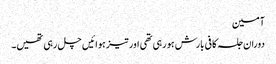
آمین
دوران جلسہ کافی بارش ہو رہی تھی اور تیز ہوائیں چل رہی تھیں۔